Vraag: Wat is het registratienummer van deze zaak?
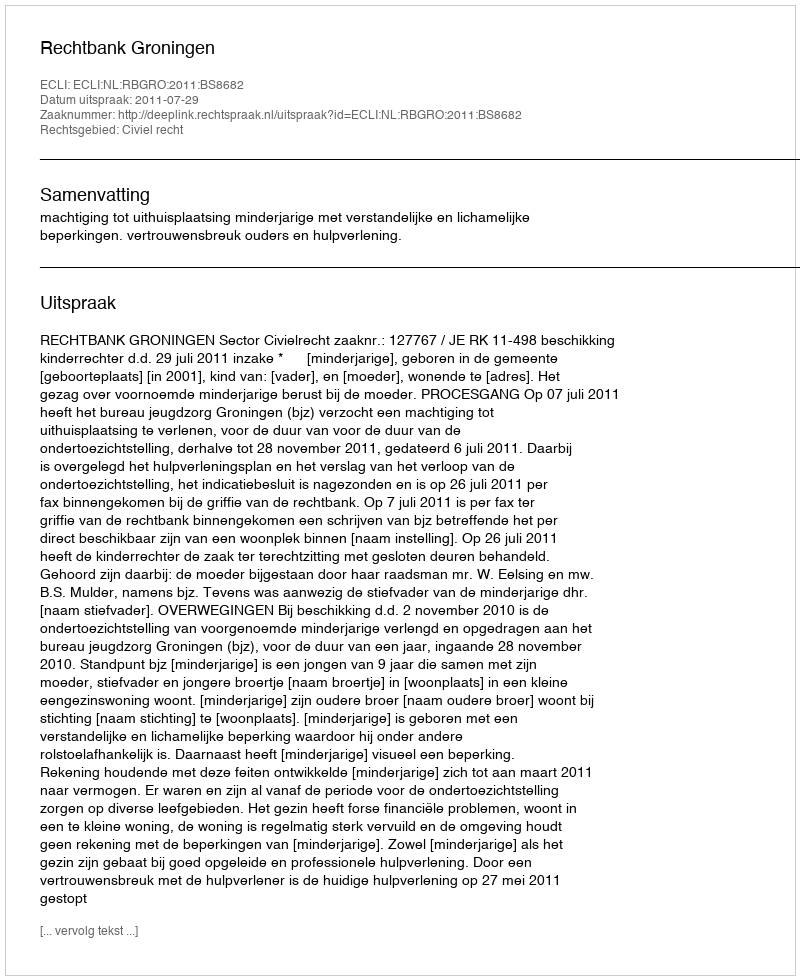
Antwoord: http://deeplink.rechtspraak.nl/uitspraak?id=ECLI:NL:RBGRO:2011:BS8682